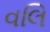
વલિ